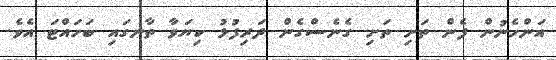
އަންހެނުން ފެން ތަށި ތަށި ގެނެސްގެން ދަރިފުޅު ކިޔަވާ ތާނގައި ބަހައްޓަ އެވެ.